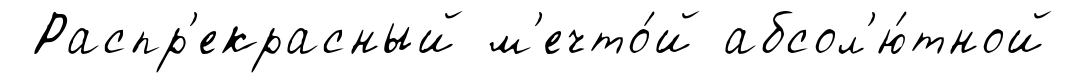
Распр'екрасный м'ечто́й абсол'ю́тной